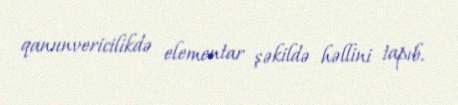
qanunvericilikdə elementar şəkildə həllini tapıb.